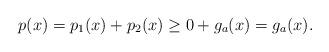
LaTeX: \begin{align*} p(x) = p_1(x) + p_2(x)\geq 0 + g_a(x) = g_a(x). \end{align*}